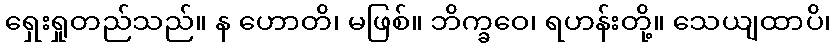
ရှေးရှုတည်သည်။ န ဟောတိ၊ မဖြစ်။ ဘိက္ခဝေ၊ ရဟန်းတို့။ သေယျထာပိ၊